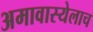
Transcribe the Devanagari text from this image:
अमावास्येलाच